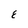
Character: E